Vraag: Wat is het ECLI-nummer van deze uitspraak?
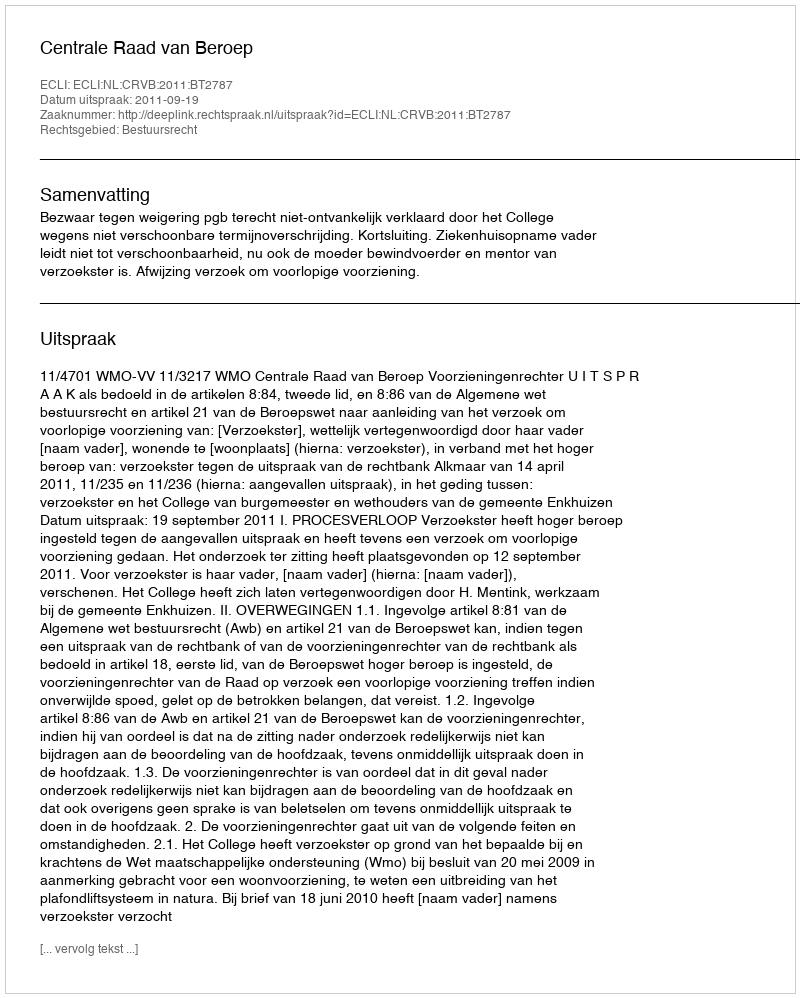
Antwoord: ECLI:NL:CRVB:2011:BT2787